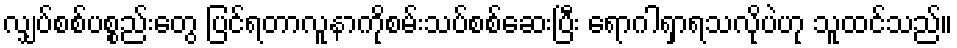
လျှပ်စစ်ပစ္စည်းတွေ ပြင်ရတာလူနာကိုစမ်းသပ်စစ်ဆေးပြီး ရောဂါရှာရသလိုပဲဟု သူထင်သည်။